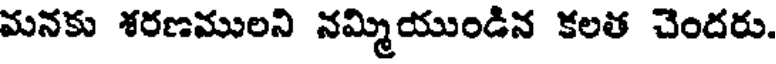
మనకు శరణములని నమ్మియుండిన కలత చెందరు.